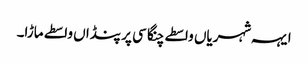
ایہہ شہریاں واسطے چنگا سی پر پنڈاں واسطے ماڑا۔